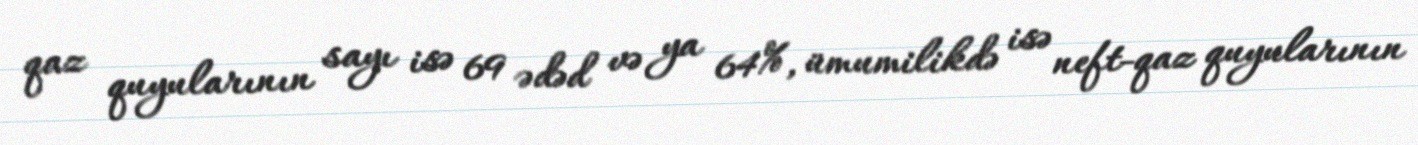
qaz quyularının sayı isə 69 ədəd və ya 64%, ümumilikdə isə neft-qaz quyularının